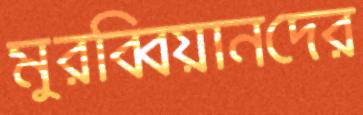
মুরব্বিয়ানদের